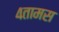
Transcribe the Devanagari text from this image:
४तामस